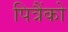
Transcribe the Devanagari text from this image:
पित्रैंको